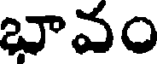
బావం